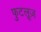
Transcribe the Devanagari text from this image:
फुटलूज़